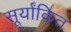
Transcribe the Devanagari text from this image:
सूर्यांकित